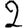
Digit: 2